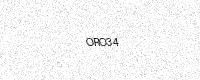
Text: ORO34